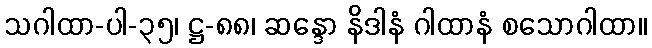
သဂါထာ-ပါ-၃၅၊ ဋ္ဌ-၈၈၊ ဆန္ဒော နိဒါနံ ဂါထာနံ စသောဂါထာ။